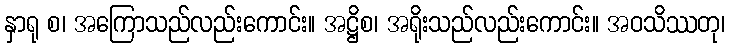
နှာရု စ၊ အကြောသည်လည်းကောင်း။ အဋ္ဌိစ၊ အရိုးသည်လည်းကောင်း။ အဝသိဿတု၊